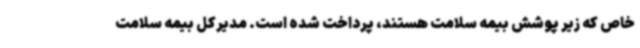
خاص که زیر پوشش بیمه سلامت هستند، پرداخت شده است. مدیرکل بیمه سلامت